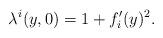
LaTeX: \begin{align*}\lambda^i(y,0)=1+f_i^\prime(y)^2.\end{align*}